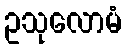
ဥသုလောမံ